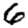
Digit: 6